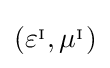
\left(\varepsilon ^{_{\mathrm {I} }},\mu ^{_{\mathrm {I} }}\right)